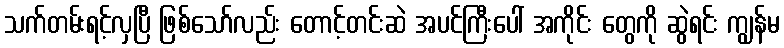
သက်တမ်းရင့်လှပြီ ဖြစ်သော်လည်း တောင့်တင်းဆဲ အပင်ကြီးပေါ် အကိုင်း တွေကို ဆွဲရင်း ကျွန်မ